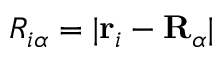
R _ { i \alpha } = | \mathbf { r } _ { i } - \mathbf { R } _ { \alpha } |